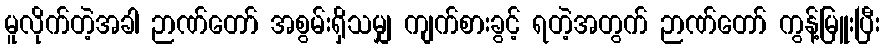
မူလိုက်တဲ့အခါ ဉာဏ်တော် အစွမ်းရှိသမျှ ကျက်စားခွင့် ရတဲ့အတွက် ဉာဏ်တော် ကွန့်မြူးပြီး